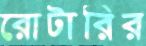
রোটারির